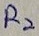
Text: R2